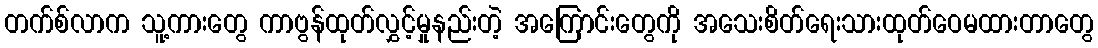
တက်စ်လာက သူ့ကားတွေ ကာဗွန်ထုတ်လွှင့်မှုနည်းတဲ့ အကြောင်းတွေကို အသေးစိတ်ရေးသားထုတ်ဝေမထားတာတွေ